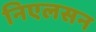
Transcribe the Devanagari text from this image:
निएलसन